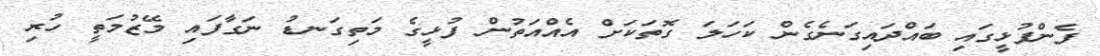
ފެންފުޅީގައި ބައްދައިގަނެގެން ކަހަލަ ގޮތަކަށް އެއްއަތުން ފުޅީގެ މަތިގަނޑު ނަގާފައި މޭޒުމަތީ ހުރި